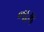
નાક